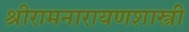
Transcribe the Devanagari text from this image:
श्रीरामनारायणशास्त्री